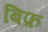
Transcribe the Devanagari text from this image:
बिफ़